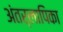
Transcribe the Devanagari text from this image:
अंतर्लापिका